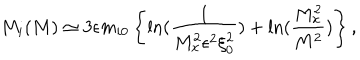
M _ { i } ( M ) \simeq 3 \epsilon m _ { i 0 } \left\{ \ln ( \frac { 1 } { M _ { x } ^ { 2 } \epsilon ^ { 2 } \xi _ { 0 } ^ { 2 } } ) + \ln ( \frac { M _ { x } ^ { 2 } } { M ^ { 2 } } ) \right\} ,